Maemoisa_(Sinalepa)_vallavalitsus, lk 27
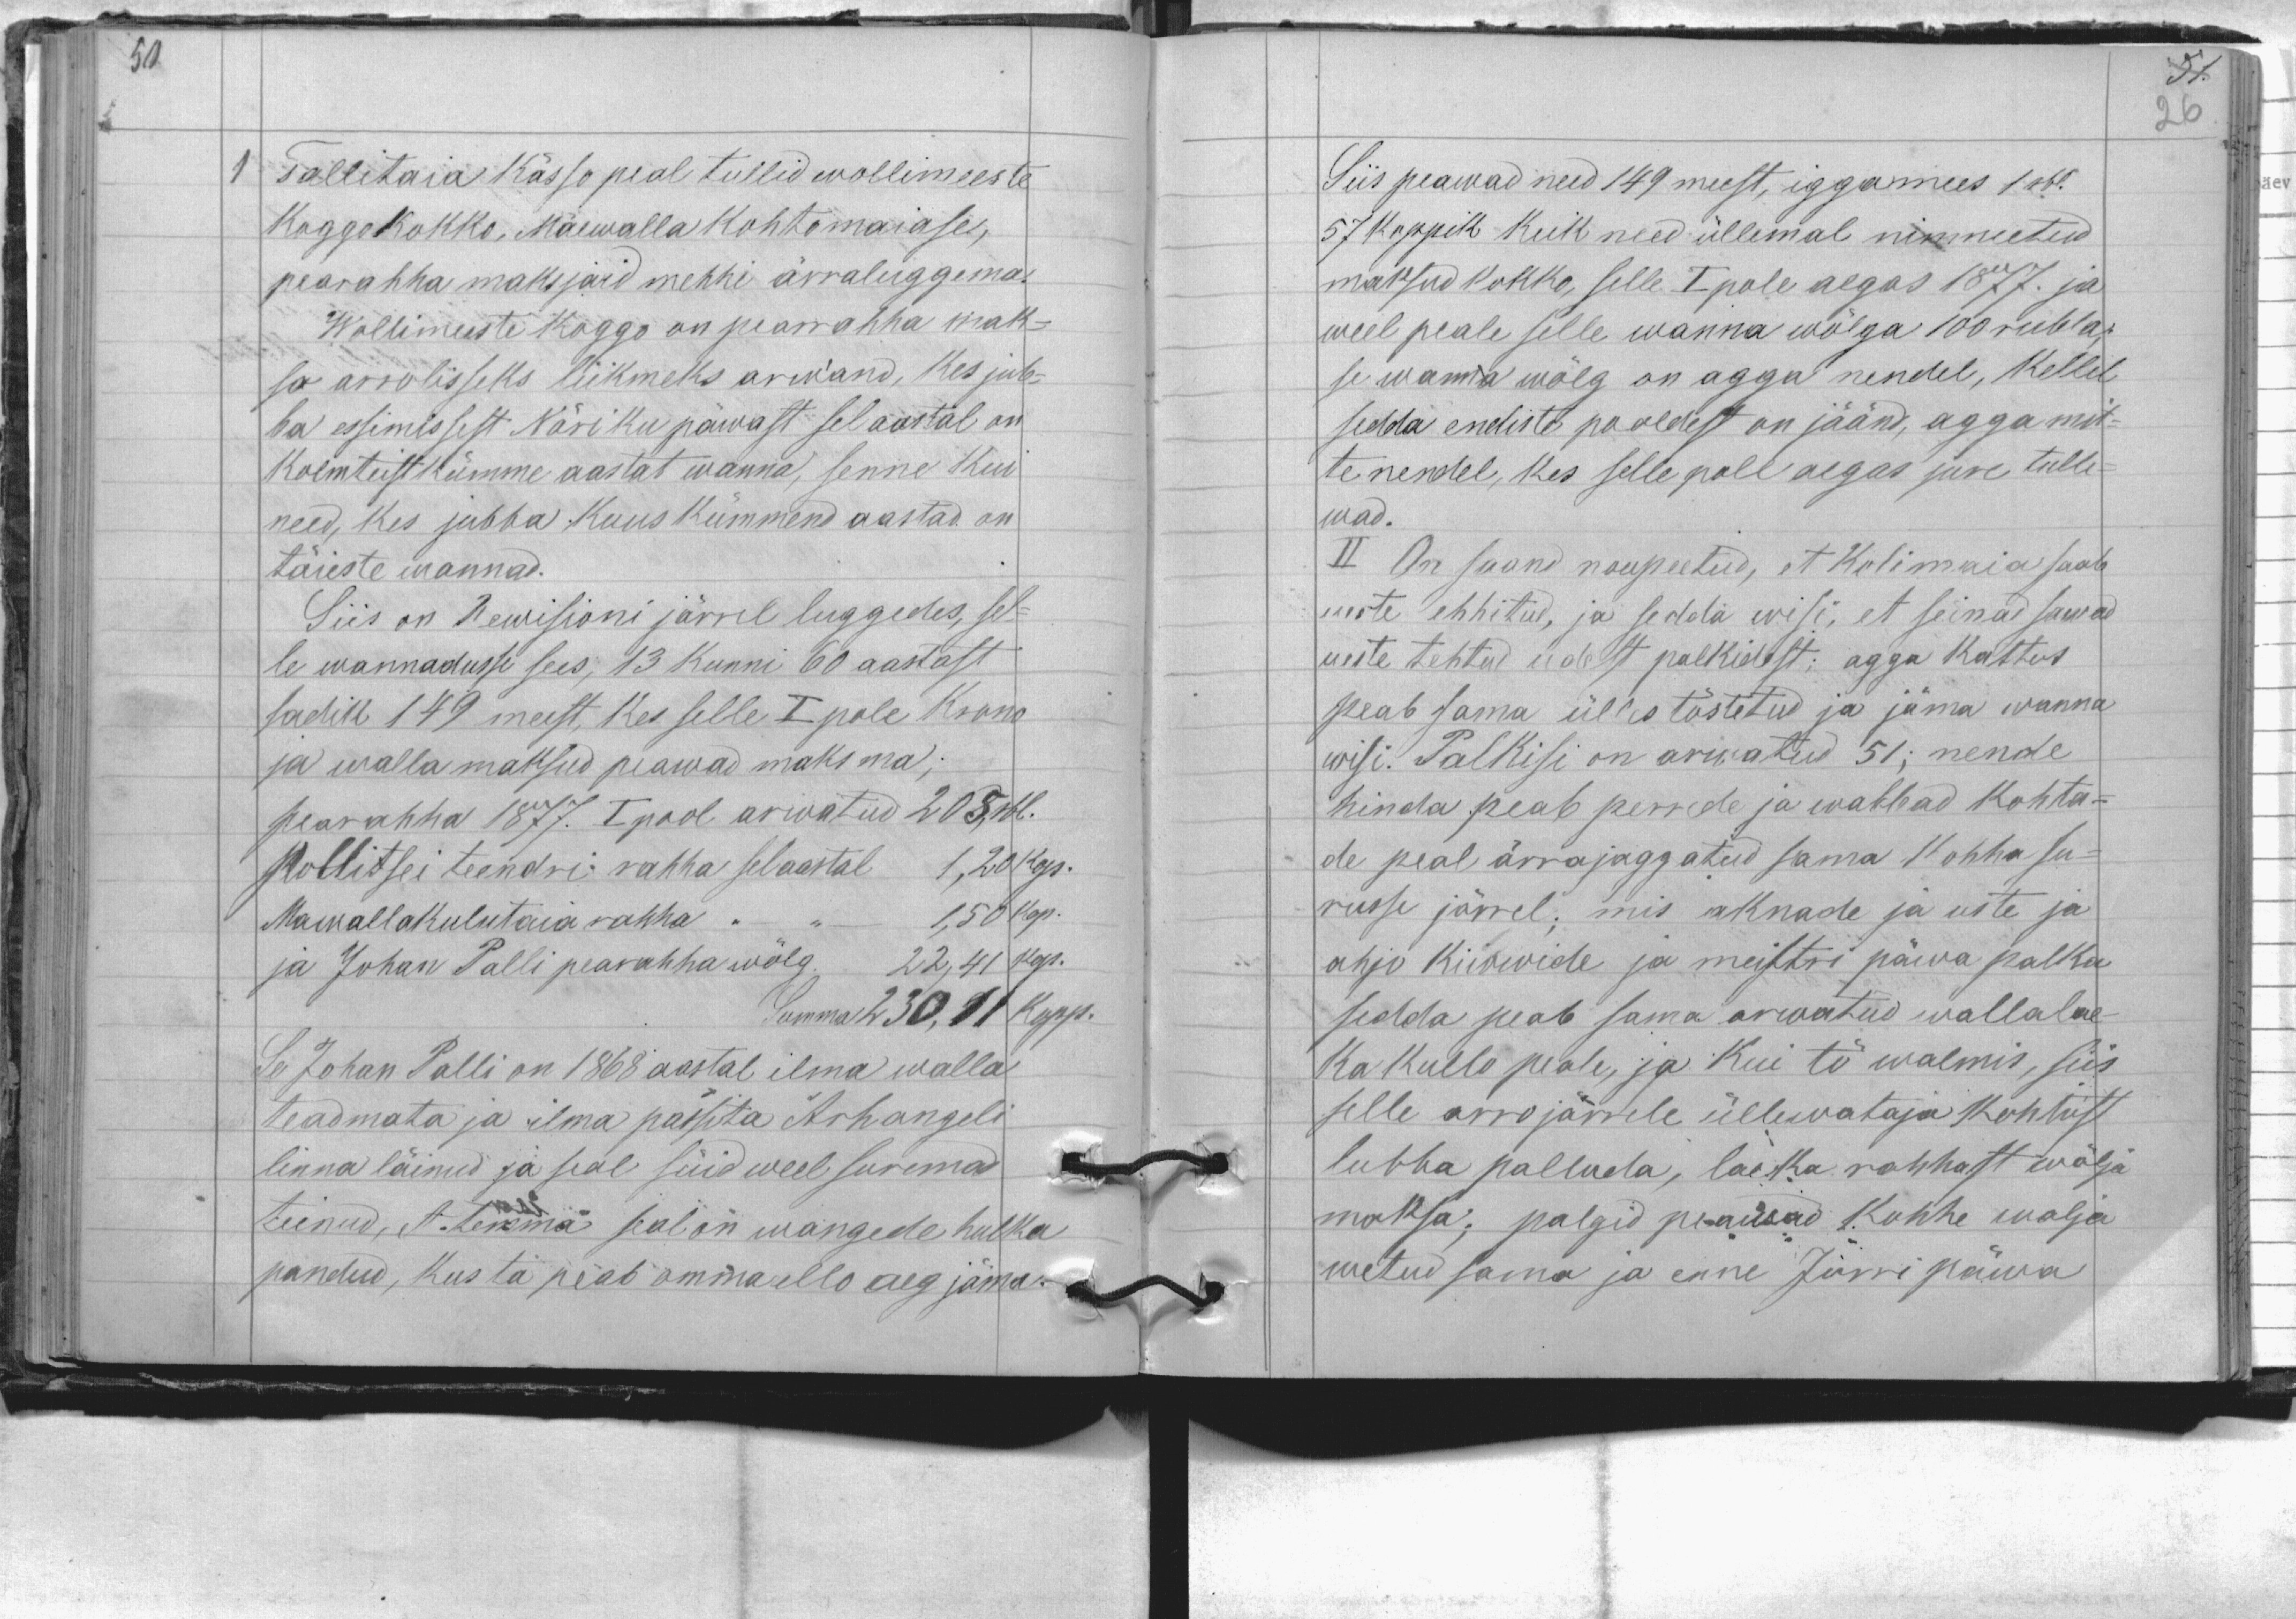
1 Tallitaia kässo peal tullid wollimeeste
koggo kokko, Mäewalla kohtomaiase,
pearahha maksjaid mehhi ärraluggema.
Wollimeeste koggo on pearrahha mak-
so arrolisseks liikmetes arwand, kes jub-
ba essimissest Näri ku päwast sel aastal on
kolmteistkümme aastat wanna, senne kui
need, kes jubba kuus kümmend aastad on
täieste wannad.
Siis on Rewisioni järrel luggedes, sel-
le wannadusse sees, 13 kunni 60 aastast
sadik 149 meest, kes selle I pole krono
ja walla maksud peawad maksma;
pearahha 1877. I pool arwatud 205, rpl.
pollitsei teendri rahha sel aastal 1,20 kop.
Mawallakulutaia rahha "–"– 1,50 kop.
ja Juhan Palli pearahha wõlg. 22,41 kop.
Summa 230,11 kopp.
Se Johan Palli on 1868 aastal ilma walla
teadmata ja ilma passita Arhangeli
linna läinud ja seal süid weel suremad
teinud, et temma seal on wangede hulka
pandud, kus ta peab omma ello aeg jäma.

Siis peawad need 149 meest, iggamees 1 rbl.
57 koppik keik need üllemal nimmeetud
maksud kokko, selle I pole aegas 1877. ja
weel peale selle wanna wõlga 100 rubla
se wanna wõlg on agga nendel, kellel
sedda endiste pooldest on jäänd, agga mit-
te nendel, kes selle pole aegas jure tulle-
wad.
II On saand noupeetud, et kolimaia saab
ueste ehhitud, ja sedda wisi, et seinad sawad
ueste tehtud udest palkidest; agga kattus
peab sama üles tõstetud ja jäma wanna
wisi. Palkisi on arwatud 51; nende
hinda peab perrede ja wabbad kohta-
de peal ärrajaggatud sama kohha su-
russe järrel; mis aknade ja uste ja
ahju kiwwide ja meistri päwa palka
sedda peab sama arwatud wallalae-
ka kullu peale, ja kui tö walmis, siis
selle arro järrele üllewataja kohtust
lubba palluda, laeka rahhaat wälja
maksa, palgid peawad kohhe walja
wetud sama ja enne Jürri päwa